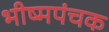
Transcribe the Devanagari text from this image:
भीष्मपंचक